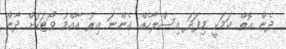
ދެން އޮތް ކަމަކީ މިފަދަ އިސްލާހެއް ގެންނަ އިރު އާއްމު ވޯޓަކަށް ދާން